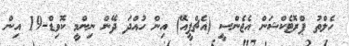
ހެލްތު ޕްރޮޓެކްޝަން އެޖެންސީ (އެޗްޕީއޭ) އިން ހުއްދަ ދޭން ނިންމީ ކޮވިޑް-19 އިން